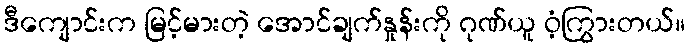
ဒီကျောင်းက မြင့်မားတဲ့ အောင်ချက်နှုန်းကို ဂုဏ်ယူ ဝံ့ကြွားတယ်။